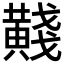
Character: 𪏊